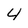
Character: 4